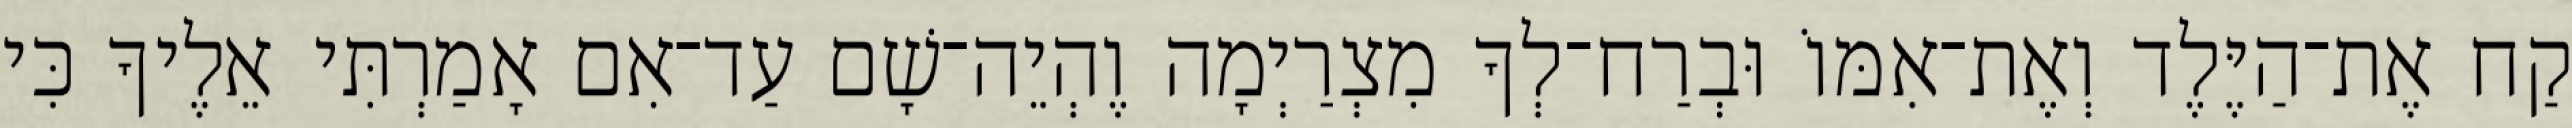
קַח אֶת־הַיֶּלֶד וְאֶת־אִמּוֹ וּבְרַח־לְךָ מִצְרַיְמָה וֶהְיֵה־שָׁם עַד־אִם אָמַרְתִּי אֵלֶיךָ כִּי